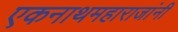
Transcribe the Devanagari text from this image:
एकनाथमहाराजांनी